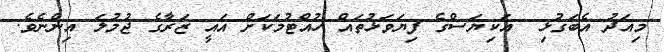
މިއަދު އެބަގުޅި  އަކިޔަސްގެ ފިޔަވަޅުތައް ހުއްޓުމަކަށް އައީ ޒަރާގެ ޖުމުލަ އިންނެވެ.